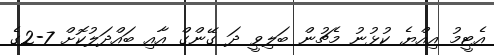
އެޓީމު އިއްޔެ ކުޅުނު މެޗުން ބަލިވީ ދަ ގޭންގް އާއި ބައްދަލުކޮށް 7-2ގެ